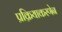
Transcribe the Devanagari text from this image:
प्रक्रियाकरणेन